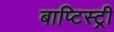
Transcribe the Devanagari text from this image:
बाप्टिस्ट्री